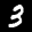
Label: 3